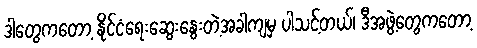
ဒါတွေကတော့ နိုင်ငံရေးဆွေးနွေးတဲ့အခါကျမှ ပါသင့်တယ်၊ ဒီအဖွဲ့တွေကတော့